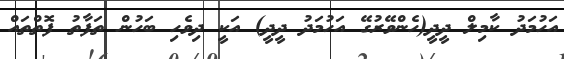
އަހުމަދު ކާމިލް ދީދީ(ހެންވޭރުގޭ އަހުމަދު ދީދީ) އަކީ ދިވެހި ބަހުން ތަފާތު ފޮތްތައް